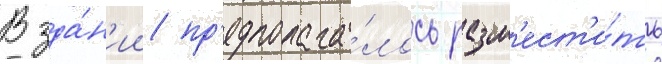
В зда́н'ии пр'едполага́лось разм'ест'и́ть